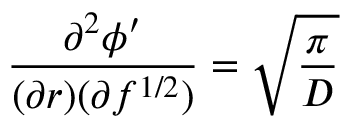
\frac { \partial ^ { 2 } { \phi ^ { \prime } } } { ( \partial { r } ) ( \partial { f ^ { 1 / 2 } ) } } = \sqrt { \frac { \pi } { D } }